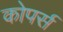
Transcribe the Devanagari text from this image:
कोपर्स